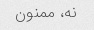
نه، ممنون